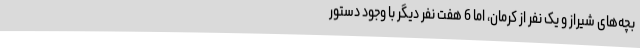
بچه‌های شیراز و یک نفر از کرمان، اما 6 هفت نفر دیگر با وجود دستور